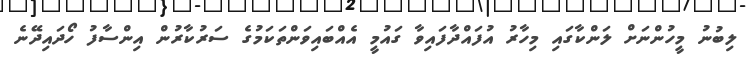
ލިބުނު މީހުންނަށް ލަންކާގައި މިހާރު އުފައްދާފައިވާ ގައުމީ އެއްބައިވަންތަކަމުގެ ސަރުކާރުން އިންސާފު ހޯދައިދޭނެ